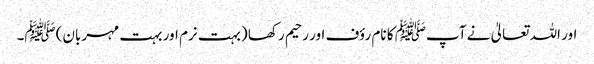
اور اللہ تعالیٰ نے آپﷺ کا نام رؤف اور رحیم رکھا (بہت نرم اور بہت مہربان)ﷺ۔